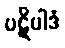
ပဋိပါဒံ